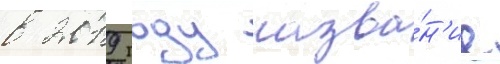
в 2019 году назва́н'ие